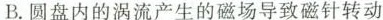
B.圆盘内的涡流产生的磁场导致磁针转动